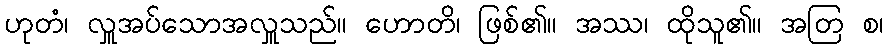
ဟုတံ၊ လှူအပ်သောအလှူသည်။ ဟောတိ၊ ဖြစ်၏။ အဿ၊ ထိုသူ၏။ အတြ စ၊